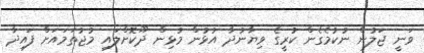
ވަނީ ޖަލުން ނުކުމެގެން ކުރީގެ ވިޔާނުދާ އުޅުން މުޅިން ދޫކޮށްލައި މުޖުތަމައަށް ފައިދާ